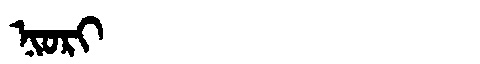
Manchu: ᠨᡳᠣᡵᡳ
Romanization: NIORI